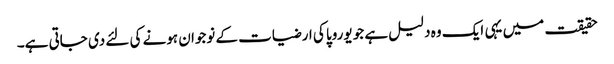
حقیقت میں یہی ایک وہ دلیل ہے جو یوروپا کی ارضیات کے نوجوان ہونے کی لئے دی جاتی ہے۔